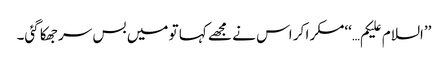
’’السلام علیکم…‘‘مسکرا کر اس نے مجھے کہا تو میں بس سر جھکا گئی۔